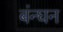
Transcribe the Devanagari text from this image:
बंन्घन